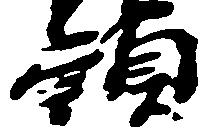
頭